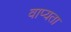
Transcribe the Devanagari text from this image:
वाप्यता